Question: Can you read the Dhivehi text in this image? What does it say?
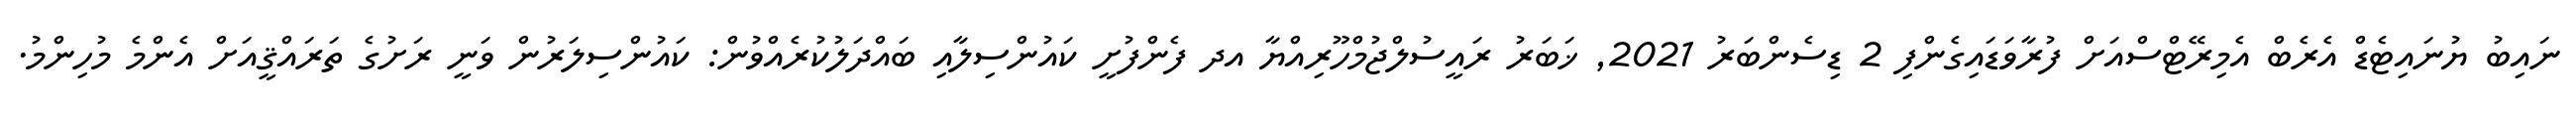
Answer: ނައިބު ޔުނައިޓެޑް އެރެބް އެމިރޭޓްސްއަށް ފުރާވަޑައިގެންފި 2 ޑިސެންބަރު 2021, ޚަބަރު ރައީސުލްޖުމްހޫރިއްޔާ އދ ފެންފުށީ ކައުންސިލާއި ބައްދަލުކުރެއްވުން: ކައުންސިލަރުން ވަނީ ރަށުގެ ތަރައްޤީއަށް އެންމެ މުހިންމު.